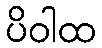
ပိဝါထ